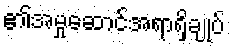
၏အမှုဆောင်အရာရှိချုပ်